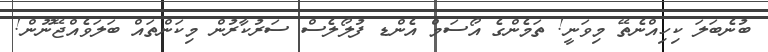
ބުނެބަލަ ކިހިއްނެތޭ މިވަނީ! ތަމެންގެ އޯސަމް އެންޑ ފުލޯލެސް ސަރުކާރުން މިކަންތައް ބަލަވެއްޖޭނޫން!